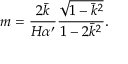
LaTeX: m = \frac { 2 \bar { k } } { H \alpha ^ { \prime } } \frac { \sqrt { 1 - \bar { k } ^ { 2 } } } { 1 - 2 \bar { k } ^ { 2 } } .